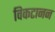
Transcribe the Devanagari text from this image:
विकटानन